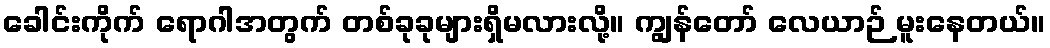
ခေါင်းကိုက် ရောဂါအတွက် တစ်ခုခုများရှိမလားလို့။ ကျွန်တော် လေယာဉ် မူးနေတယ်။